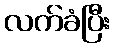
လက်ခံပြီး